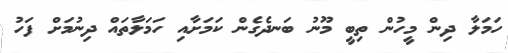
ހަމަލާ ދިން މީހުން ތިބީ މޫނު ބަނދެގެން ކަމަށާއި ހަމަލާތައް ދިނުމަށް ފަހު